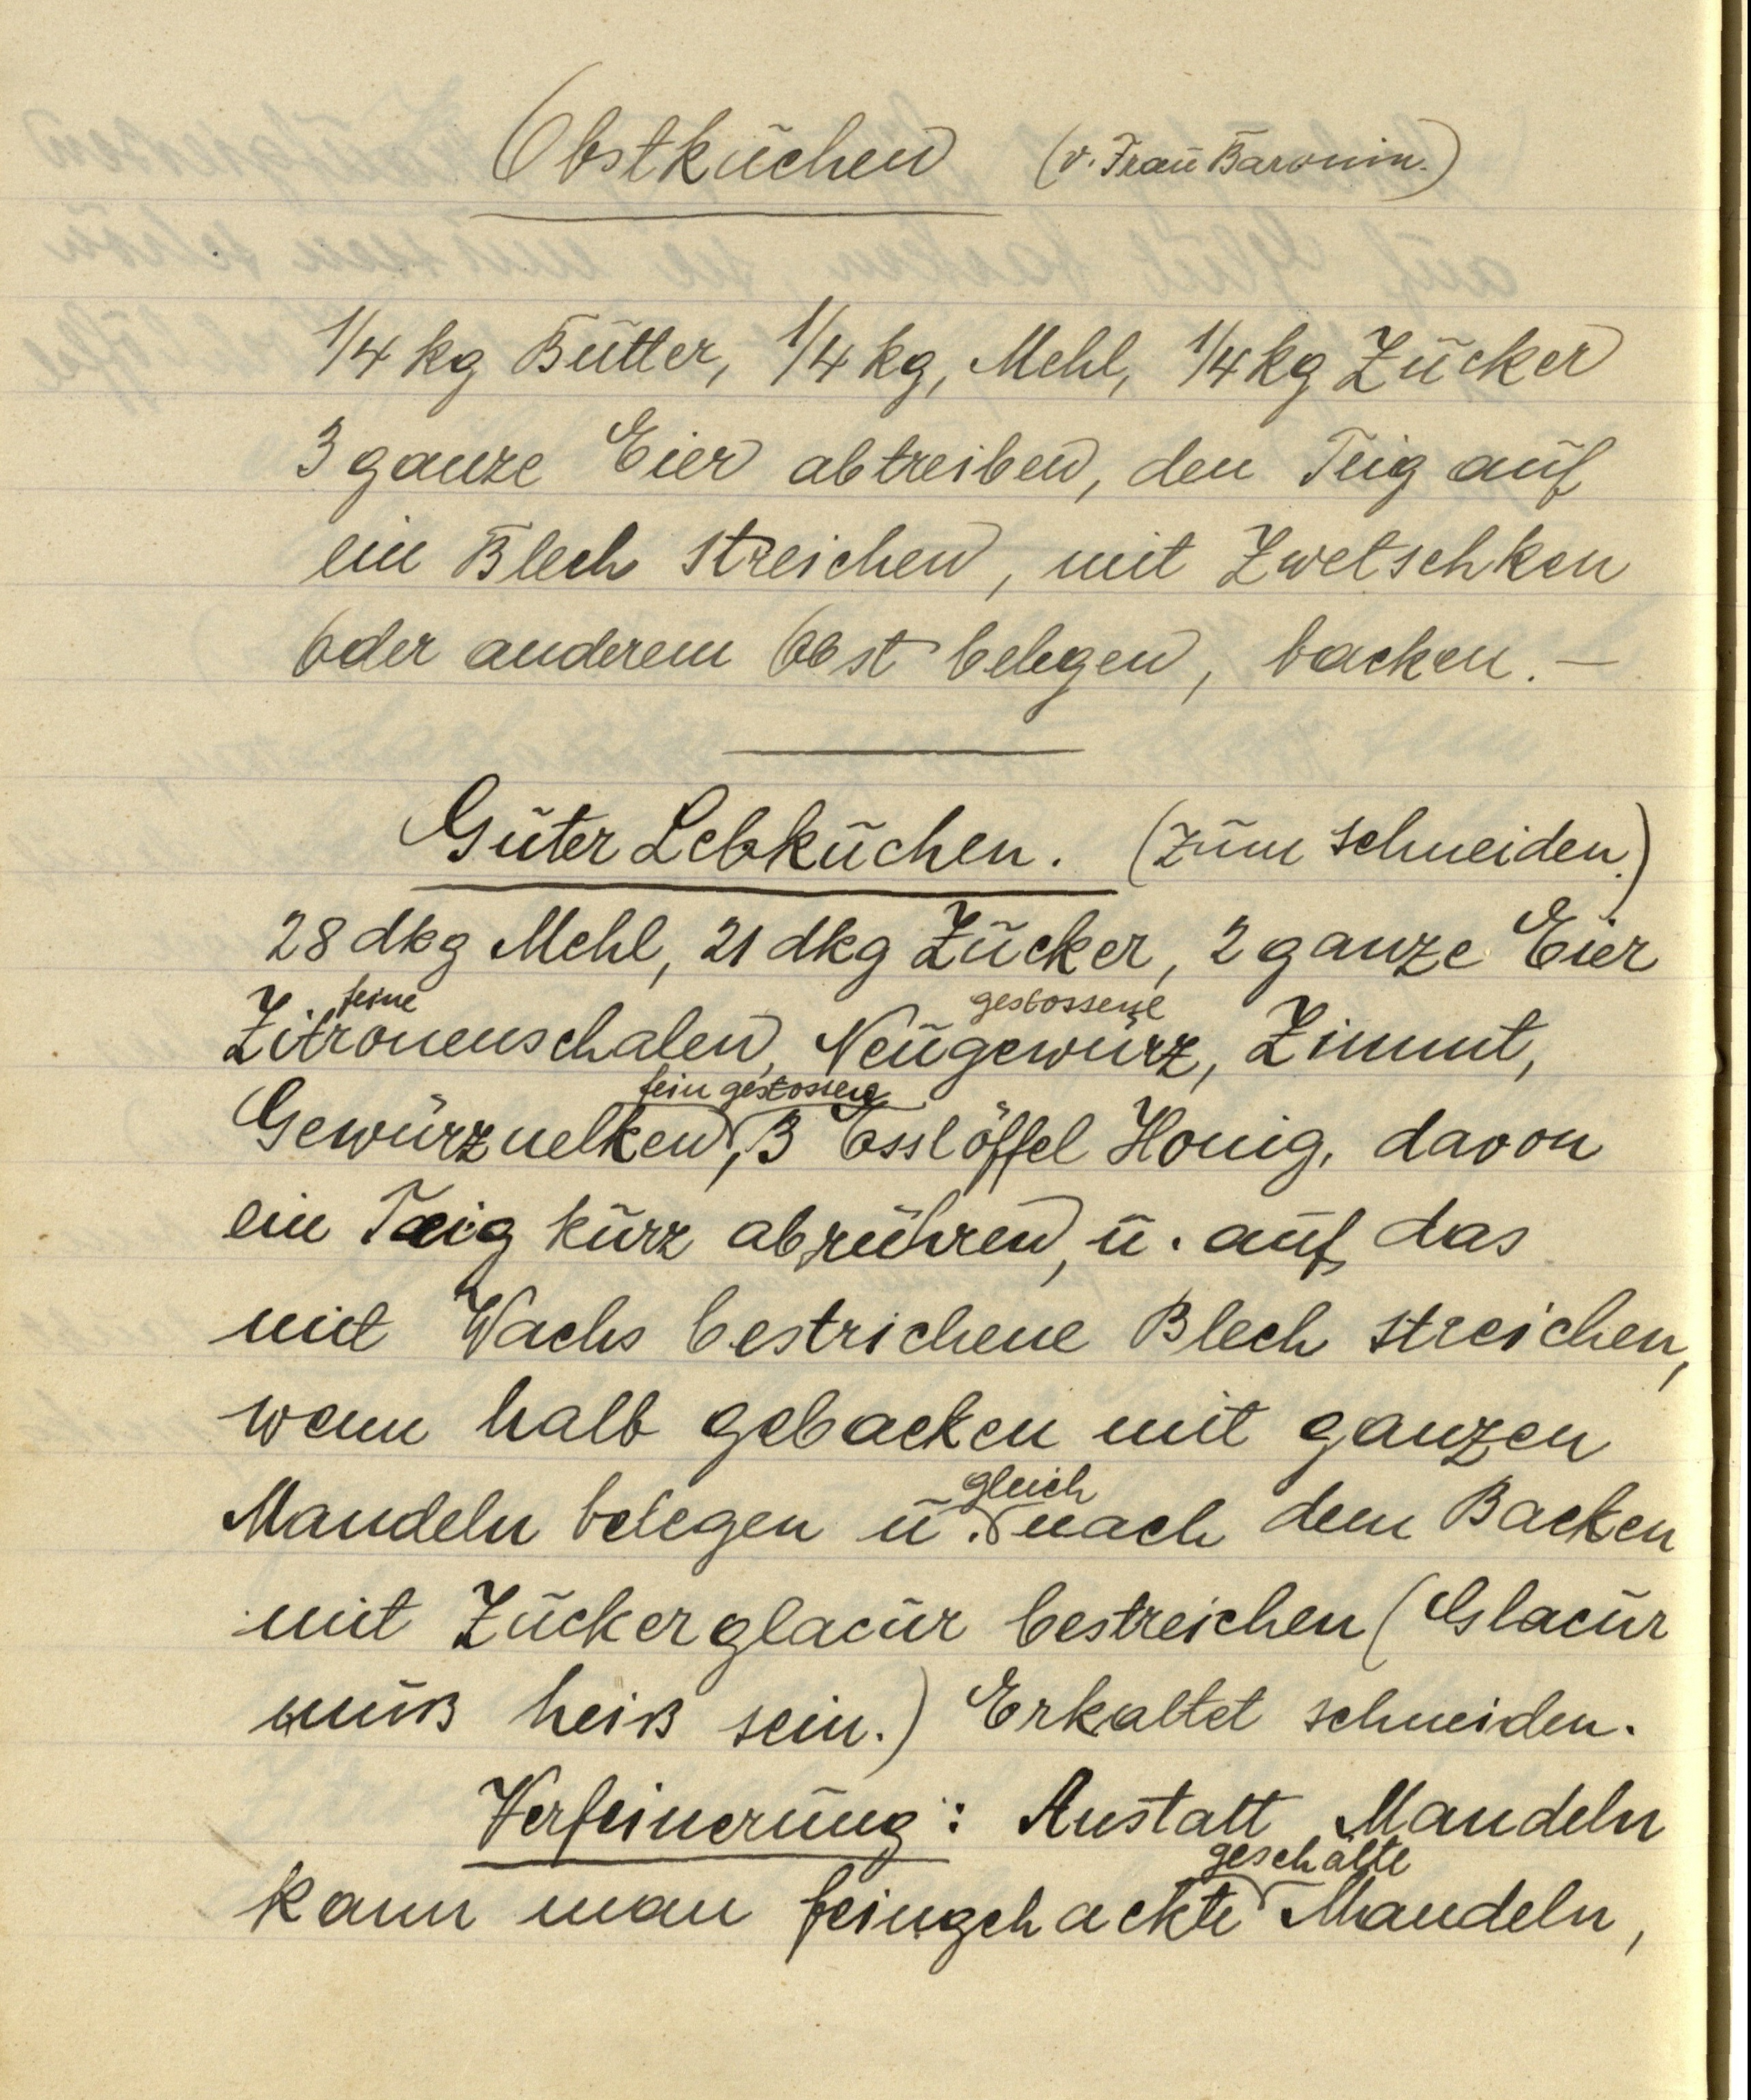
Obstkuchen (v. Frau Baronin.)

¼ kg Butter, ¼ kg, Mehl, ¼ kg Zucker
3 ganze Eier abtreiben, den Teig auf
ein Blech streichen, mit Zwetschken
oder anderem Obst belegen, backen. —

Guter Lebkuchen. (zum schneiden.)
28 dkg Mehl, 21 dkg Zucker, 2 ganze Eier
feine Zitronenschalen, gestossene Neugewürz, Zimmt,
fein gestossene Gewürznelken, 3 Esslöffel Honig, davon
ein Teig kurz abrühren, u. auf das
mit Wachs bestrichene Blech streichen,
wenn halb gebacken mit ganzen
Mandeln belegen u. gleich nach dem Backen
mit Zuckerglacur bestreichen (Glacur
muß heiß sein.) Erkaltet schneiden.
Verfeinerung: Anstatt Mandeln
kann man feingehackte geschälte Mandeln,